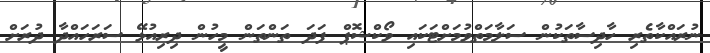
ނުރައްކާތެރި ހާދިސާތަކުން ސަލާމަތްވުމަށްޓަކައި ވޯކްޝޮޕް ފަދަ ތަންތަން މީހުން ދިރިއުޅޭ ސަރަހައްދާ ދުރަށް